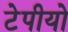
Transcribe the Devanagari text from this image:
टेपीयो